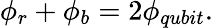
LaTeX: \phi_{r}+\phi_{b}=2\phi_{qubit}.